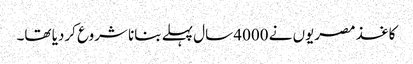
کاغذ مصریوں نے 4000 سال پہلے بنانا شروع کردیا تھا۔